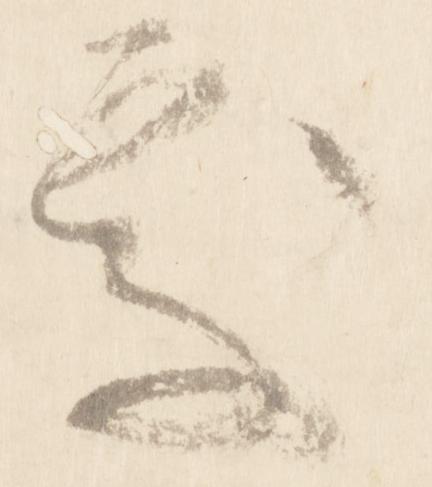
処